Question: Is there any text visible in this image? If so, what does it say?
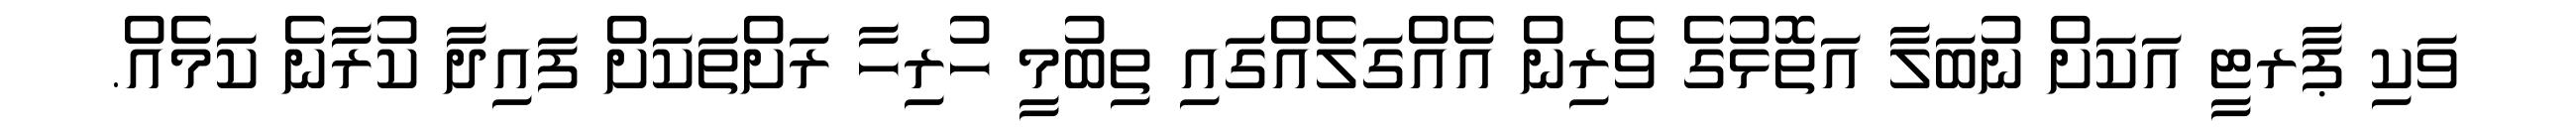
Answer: ވަކި ޕާރޓީ އަކަށް ނުބަލާ އަތޮޅުގެ ވެރިން އެއްގަލެއްގައި ތިބުމީ ހުރިހާ ރަށްތަކަށް ފައިދާ ކުރާނެ ކަމެއް.